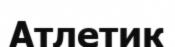
Атлетик